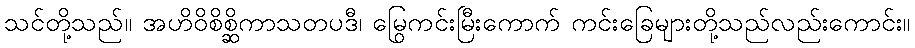
သင်တို့သည်။ အဟိဝိစိစ္ဆိကာသတပဒီ၊ မြွေကင်းမြီးကောက် ကင်းခြေများတို့သည်လည်းကောင်း။